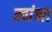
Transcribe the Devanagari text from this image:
खांभा